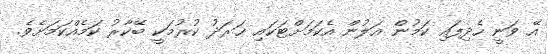
އޭ ވަނީ ހެދިފައި ކަމުން އަލުން އެކަމަށްޓަކައި ޚަރަދު ކުރުމަކީ ބޭކާރު ކަމެއްކަމަށެވެ.